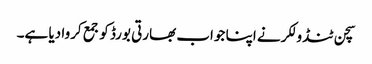
سچن ٹنڈولکر نے اپنا جواب بھارتی بورڈ کو جمع کروا دیا ہے۔